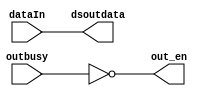
`timescale 1ns / 1ps
//////////////////////////////////////////////////////////////////////////////////
// Company: 
// Engineer: 
// 
// Design Name: 
// Module Name: NO_DOWNSAMP
// Project Name: 
// Target Devices: 
// Tool Versions: 
// Description: 
// 
// Dependencies: 
// 
// Revision:
// Revision 0.01 - File Created
// Additional Comments:
// 
//////////////////////////////////////////////////////////////////////////////////

module NO_DOWNSAMP#(
    parameter DATA_WIDTH = 14
)
(
    input signed[DATA_WIDTH-1:0] dataIn,
    output signed[DATA_WIDTH-1:0] dsoutdata,
    output out_en,    
    input outbusy
);
    assign out_en = !outbusy;
    assign dsoutdata = dataIn;
    
endmodule